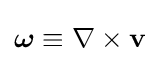
{\boldsymbol {\omega }}\equiv \nabla \times \mathbf {v}